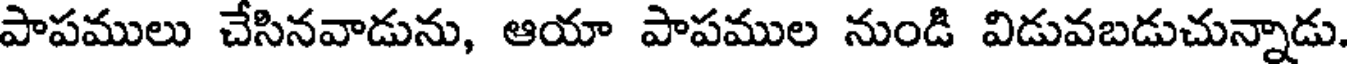
పాపములు చేసినవాడును, ఆయా పాపముల నుండి విడువబడుచున్నాడు